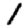
Digit: 1